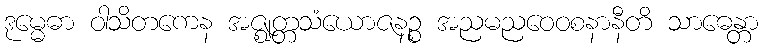
ဒုမ္မေဓာ ဝါသိတကေန အဇ္ဈတ္တသံယောဇနဉ္စ အညမညဝေဝစနာနီတိ သာဓေန္တာ